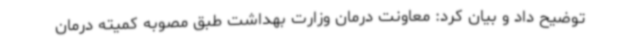
توضیح داد و بیان کرد: معاونت درمان وزارت بهداشت طبق مصوبه کمیته درمان